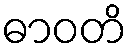
ဓာဝတိ